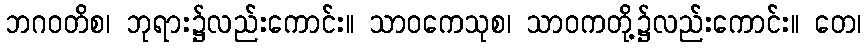
ဘဂဝတိစ၊ ဘုရား၌လည်းကောင်း။ သာဝကေသုစ၊ သာဝကတို့၌လည်းကောင်း။ တေ၊